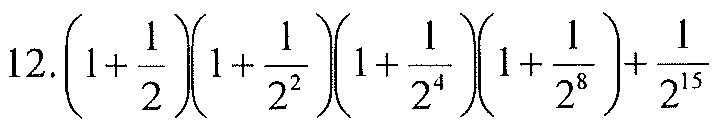
12.$\left(1+\dfrac{1}{2}\right)\left(1+\dfrac{1}{2^{2}}\right)\left(1+\dfrac{1}{2^{4}}\right)\left(1+\dfrac{1}{2^{8}}\right)+\dfrac{1}{2^{15}}$